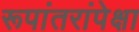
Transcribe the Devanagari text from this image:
रूपांतरांपेक्षा